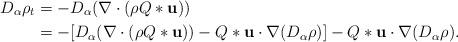
LaTeX: \begin{align*}D_\alpha\rho_t & = -D_\alpha (\nabla\cdot(\rho Q\ast \mathbf{u}))\\& = -[D_\alpha (\nabla\cdot(\rho Q\ast\mathbf{u})) - Q\ast\mathbf{u}\cdot \nabla(D_\alpha\rho)]- Q\ast\mathbf{u}\cdot \nabla(D_\alpha\rho).\end{align*}